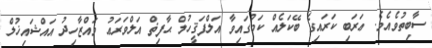
ސާބިތުވެއެވެ. ޢަރަބި ކަރައިގެ ބޭކަލެއް ކަމުގައިވާ އަލްފަޤީހުލް ޙާފިޡް އަލްވަރަޢު ވައްޒާހިދު އައްޝައިޚުލް